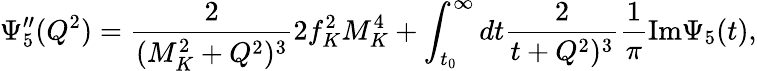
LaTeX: \Psi_{5}^{\prime\prime}(Q^{2})=\frac{2}{(M_{K}^{2}+Q^{2})^{3}}2f_{K}^{2}M_{K}^{4}+\int_{t_{0}}^{\infty}dt\frac{2}{t+Q^{2})^{3}}\frac{1}{\pi}\mathrm{Im}\Psi_{5}(t),